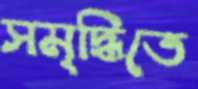
সমৃদ্ধিতে